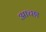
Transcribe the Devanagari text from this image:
आच्छा